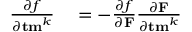
\begin{array} { r l } { { \frac { \partial f } { \partial { \bf t m } ^ { k } } } } & { { } = - { \frac { \partial f } { \partial { \bf F } } } { \frac { \partial { \bf F } } { \partial { \bf t m } ^ { k } } } } \end{array}